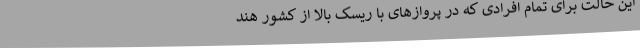
این حالت برای تمام افرادی که در پروازهای با ریسک بالا از کشور هند